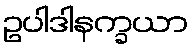
ဥပါဒါနက္ခယာ